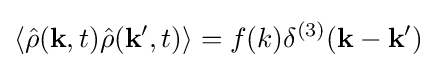
\langle {\hat {\rho }}(\mathbf {k} ,t){\hat {\rho }}(\mathbf {k} ',t)\rangle =f(k)\delta ^{(3)}(\mathbf {k} -\mathbf {k'} )